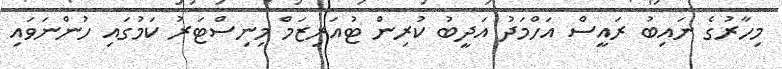
މިހާރުގެ ނައިބު ރައީސް އަހްމަދު އަދީބު ކުރިން ޓުއަރިޒަމް މިނިސްޓަރު ކަމުގައި ހުންނަވައި